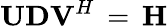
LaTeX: \mathbf{UDV}^{H}\, =\, \mathbf{H}